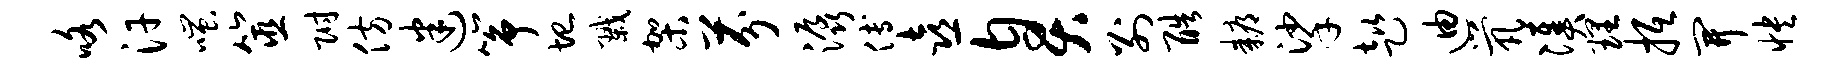
咯汗嗤筮附仿迷筝圮戮架芬潺傅喜臭别酷耨挲趑迪茕凑理抵开怏